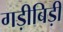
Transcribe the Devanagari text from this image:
गड़ीबिड़ी